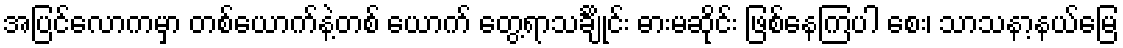
အပြင်လောကမှာ တစ်ယောက်နဲ့တစ် ယောက် တွေ့ရာသင်္ချိုင်း ဓားမဆိုင်း ဖြစ်နေကြပါ စေး၊ သာသနာ့နယ်မြေ